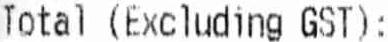
TOTAL (EXCLUDING GST):